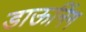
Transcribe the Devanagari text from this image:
डाऊनिंग